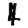
Digit: 4